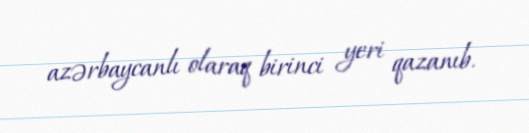
azərbaycanlı olaraq birinci yeri qazanıb.